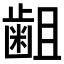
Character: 𪗱